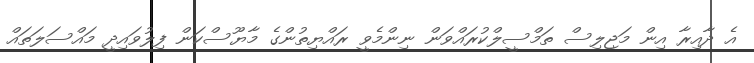
އެ ދާއިރާ އިން މަޖިލިސް ތަމްސީލްކުރައްވަން ނިންމެވީ ރައްޔިތުންގެ މާޔޫސްކަން ފިލުވައިދީ މައްސަލަތައް